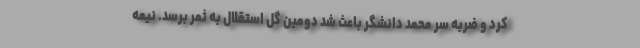
کرد و ضربه سر محمد دانشگر باعث شد دومین گل استقلال به ثمر برسد. نیمه